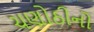
ચણોઠીનો